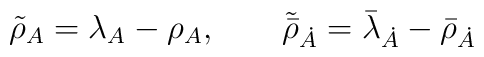
\tilde{{\rho}}_{A}= \lambda_{A} - \rho_A, \qquad  \tilde{\bar{\rho}}_{\dot{A}} = \bar{\lambda}_{\dot{A}} - \bar{\rho}_{\dot{A}}